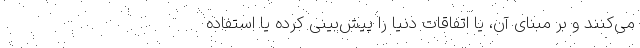
می‌کنند و بر مبنای آن، یا اتفاقات دنیا را پیش‌بینی کرده یا استفاده